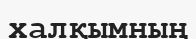
халқымның